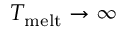
T _ { \mathrm { m e l t } } \rightarrow \infty